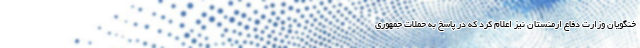
خنگویان وزارت دفاع ارمنستان نیز اعلام کرد که در پاسخ به حملات جمهوری